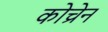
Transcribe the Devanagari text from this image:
कोच्रेन